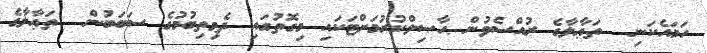
ހަމައެކަނި  ތަޢާލާގެ ރުއްސެވުން ޙާޞިލްކުރުމަށްޓަކައި މިގޮތުގައި ދެމިތިބުމުގެ ސަބަބުން  ތަޢާލާގެ